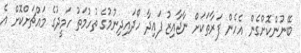
ބޭނުންކޮށްގެން އެހެން ފަރާތަކަށް ނާޖާއިޒު ފައިދާ ހޯދައިދިނުމުގެ ތުހުމަތު ހަމީދުގެ މައްޗަށްކޮށް އެ